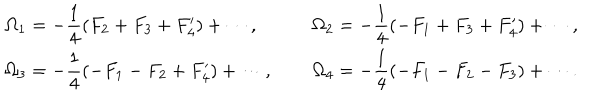
LaTeX: \renewcommand { \arraystretch } { 2 } \begin{array} { l c l } { { \displaystyle \Omega _ { 1 } = - \frac { 1 } { 4 } ( F _ { 2 } + F _ { 3 } + F _ { 4 } ^ { \prime } ) + \cdots , } } & { { ~ } } & { { \displaystyle \Omega _ { 2 } = - \frac { 1 } { 4 } ( - F _ { 1 } + F _ { 3 } + F _ { 4 } ^ { \prime } ) + \cdots , } } \\ { { \displaystyle \Omega _ { 3 } = - \frac { 1 } { 4 } ( - F _ { 1 } - F _ { 2 } + F _ { 4 } ^ { \prime } ) + \cdots , } } & { { ~ } } & { { \displaystyle \Omega _ { 4 } = - \frac { 1 } { 4 } ( - F _ { 1 } - F _ { 2 } - F _ { 3 } ) + \cdots . } } \\ \end{array}